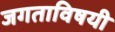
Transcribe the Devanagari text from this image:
जगताविषयी